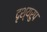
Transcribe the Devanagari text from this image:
दृश्यरुप